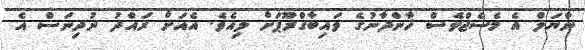
ނާޔަލް އެ މެސެޖްވެސް ޚާންދާނުގެ ވައިބާގްރޫޕަށް ލިއެވެ. އެއަށް ރައްދު ނުދިނަސް އެ